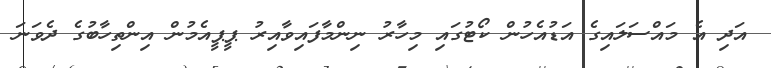
އަދި އެ މައްސަލައިގެ އަޑުއެހުން ކޯޓުގައި މިހާރު ނިންމާފައިވާއިރު ޕީޕީއެމުން އިންތިހާބުގެ ދެވަނަ